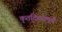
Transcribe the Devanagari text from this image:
कृतदिवसमुखैः